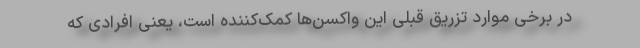
در برخی موارد تزریق قبلی این واکسن‌ها کمک‌کننده است، یعنی افرادی که